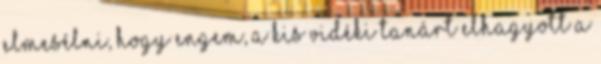
elmesélni, hogy engem, a kis vidéki tanárt elhagyott a